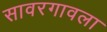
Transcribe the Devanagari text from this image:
सावरगावला